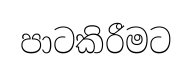
පාටකිරීමට